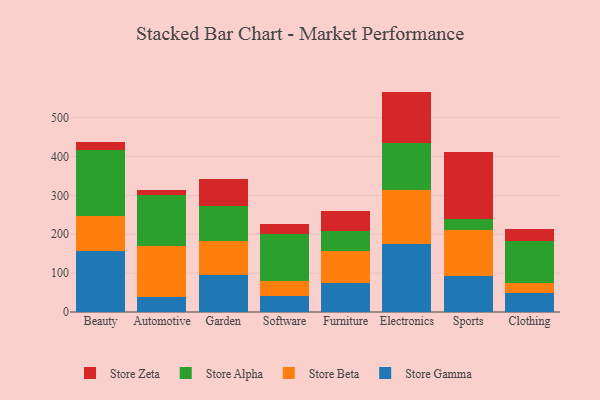
{"axis": {"x": "Category", "y": "Page Views"}, "legend": ["Store Alpha", "Store Beta", "Store Gamma", "Store Zeta"], "data": [{"x": "Beauty", "y": 157.1, "type": "Store Gamma"}, {"x": "Beauty", "y": 90.3, "type": "Store Beta"}, {"x": "Beauty", "y": 168.8, "type": "Store Alpha"}, {"x": "Beauty", "y": 21.5, "type": "Store Zeta"}, {"x": "Automotive", "y": 37.6, "type": "Store Gamma"}, {"x": "Automotive", "y": 131.1, "type": "Store Beta"}, {"x": "Automotive", "y": 131.8, "type": "Store Alpha"}, {"x": "Automotive", "y": 13.9, "type": "Store Zeta"}, {"x": "Garden", "y": 95.3, "type": "Store Gamma"}, {"x": "Garden", "y": 87.8, "type": "Store Beta"}, {"x": "Garden", "y": 88.8, "type": "Store Alpha"}, {"x": "Garden", "y": 70.6, "type": "Store Zeta"}, {"x": "Software", "y": 39.9, "type": "Store Gamma"}, {"x": "Software", "y": 40.2, "type": "Store Beta"}, {"x": "Software", "y": 119.8, "type": "Store Alpha"}, {"x": "Software", "y": 26.5, "type": "Store Zeta"}, {"x": "Furniture", "y": 74.8, "type": "Store Gamma"}, {"x": "Furniture", "y": 83.2, "type": "Store Beta"}, {"x": "Furniture", "y": 50.2, "type": "Store Alpha"}, {"x": "Furniture", "y": 52.3, "type": "Store Zeta"}, {"x": "Electronics", "y": 176.1, "type": "Store Gamma"}, {"x": "Electronics", "y": 138.0, "type": "Store Beta"}, {"x": "Electronics", "y": 120.6, "type": "Store Alpha"}, {"x": "Electronics", "y": 132.4, "type": "Store Zeta"}, {"x": "Sports", "y": 92.0, "type": "Store Gamma"}, {"x": "Sports", "y": 119.6, "type": "Store Beta"}, {"x": "Sports", "y": 27.8, "type": "Store Alpha"}, {"x": "Sports", "y": 171.7, "type": "Store Zeta"}, {"x": "Clothing", "y": 50.1, "type": "Store Gamma"}, {"x": "Clothing", "y": 25.3, "type": "Store Beta"}, {"x": "Clothing", "y": 106.1, "type": "Store Alpha"}, {"x": "Clothing", "y": 32.3, "type": "Store Zeta"}]}